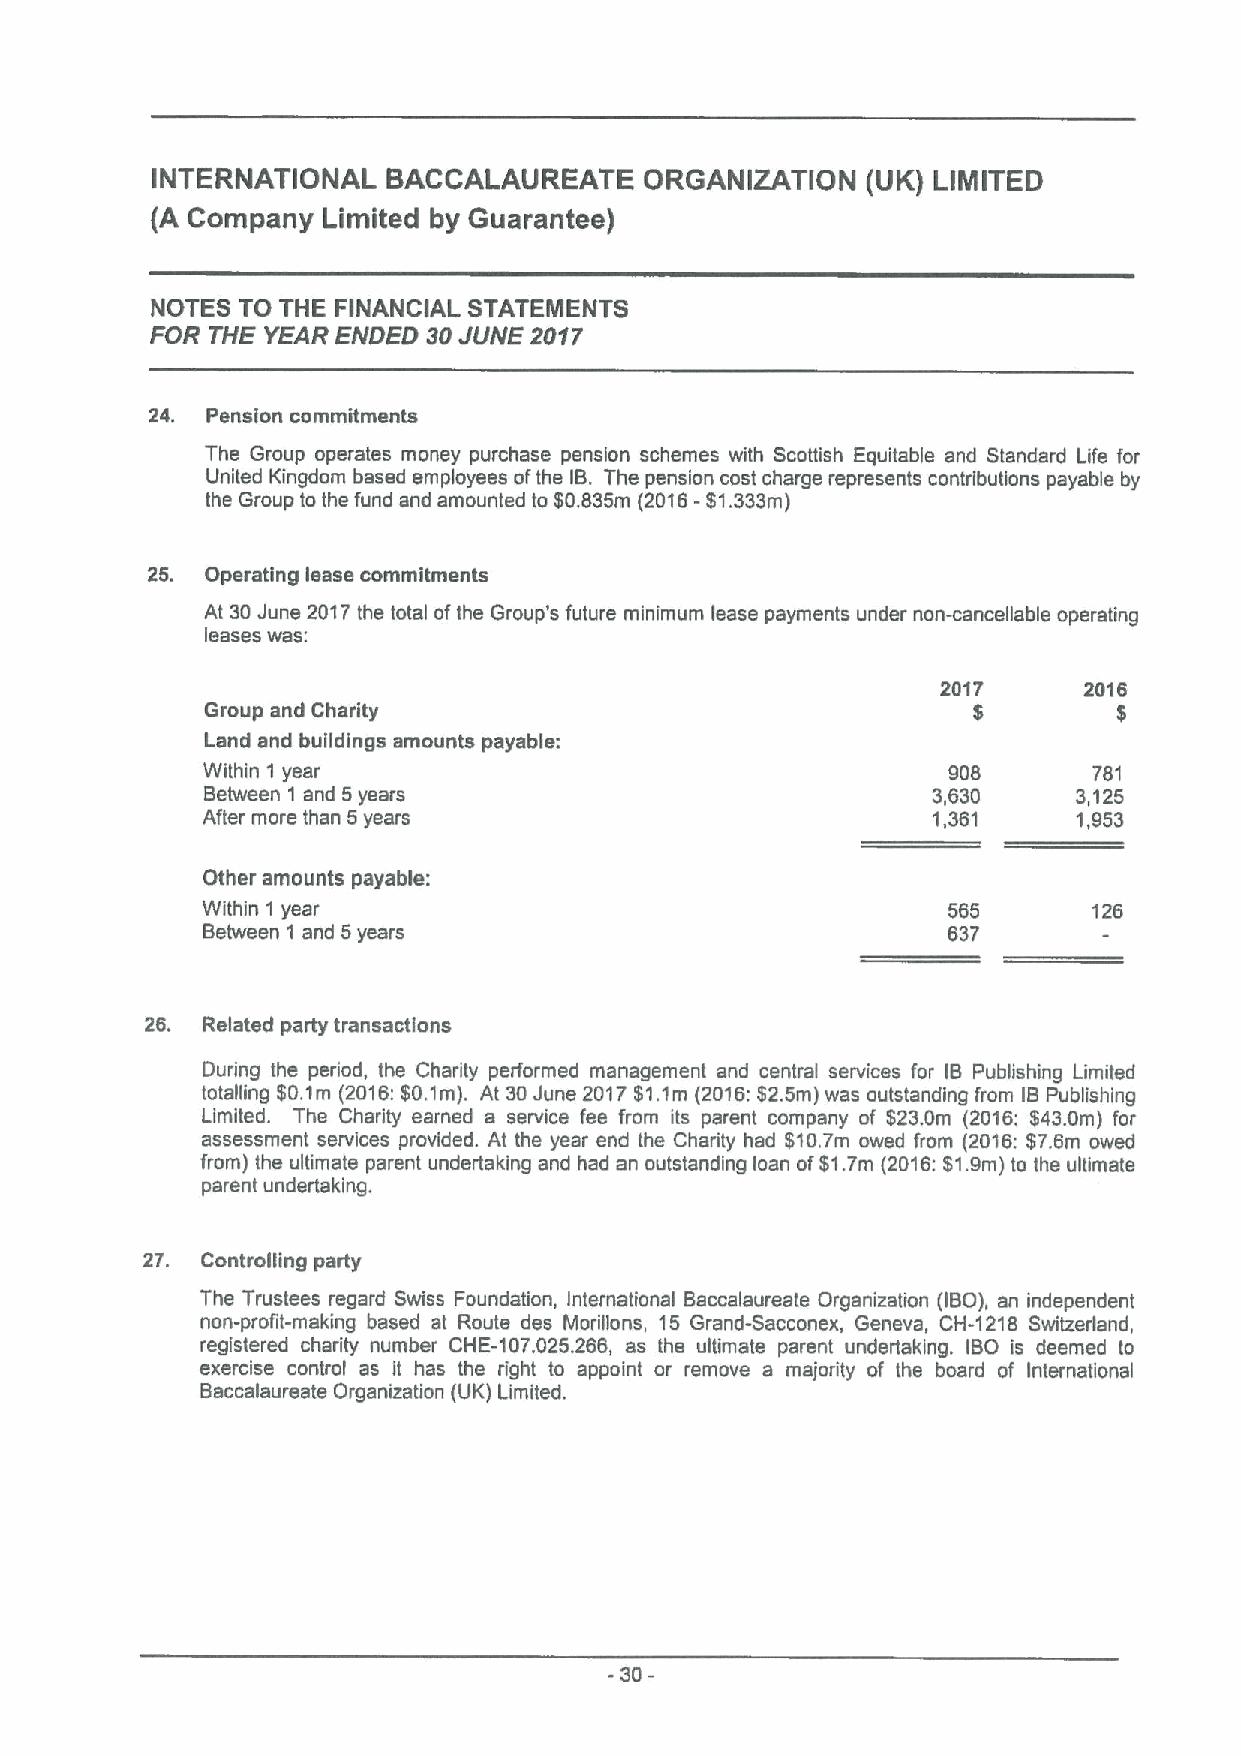
INTERNATIONAL   BACCALAUREATE    ORGANIZATION  (UK) LINIITED
 (A Company Limited by Guarantee)
 NOTES TO THE FINANCIAL STATEMENTS
 FOR THE YEAR ENDED 30JUNE 2017
 24. Pension commitments
 The Group operates money purchase pension schemes with Scottish Equitable end Standard Life for
 United Kingdom based employees ofthe IB. The pension cost charge represents contributions payable by
 the Group to the fund and amounted to $0,835m (2016-$1.333m)
 25. Operating lease commitments
 At 30June 2017the total ofthe Group's future minimum lease payments under non-cancellable operating
 leases was:
 2017      2016
 Group and Charity                                 $         $
 Land and buildings amounts payable:
 Within 1 year                                     908      781
 Between 1 and 5years                            3,630    3,125
 After more than 5years                           1,361    1,953
 Other amounts payable:
 Within 1 year                                     585      126
 Between 1 and 5years                              637
 26. Related party transactions
 During the period, the Charity performed management snd central services for IB Publishing Limited
 totalling $0.1m (2016:$0.1m). At 30June 2017$1.1m (2016:$2.5m) was outstanding from IBPublishing
 Limited. The Charity earned a service fee from its parent company of $23.0m (2016: $43.0m) for
 assessment services provided. At the year end the Charity had $10.7m owed from (2016:$7.6m owed
 from) the ultimate parent undertaking and had an outstanding loan of$1.7m (2016:$1.9m) to the ultimate
 parent undertaking.
 27. Controlling party
 The Trustees regard Swiss Foundation, International Baccalaureate Organization (IBO), an independent
 non-profit-making based at Route des Morillons, 15 Grand-Sacconex, Geneva, CH-1218 Switzerland,
 registered charity number CHE-107.025.266, as the ultimate parent undertaking. IBO is deemed to
 exercise control as it has the right to appoint or remove a majority of the board of International
 Baccalaureate Organization (UK) Limited.
 -30-